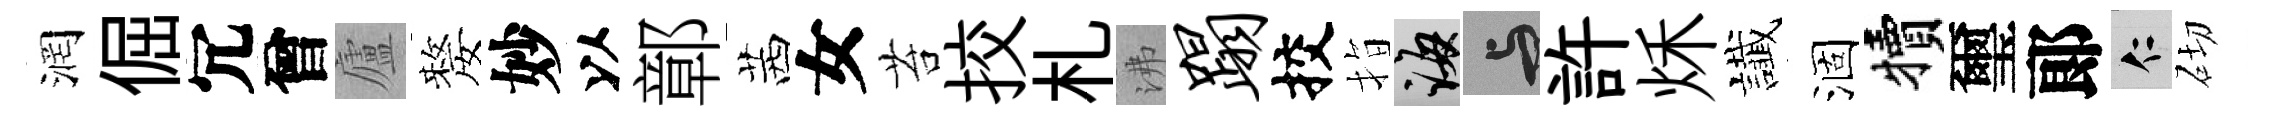
润倔冗曾廬嫠妙以鄣茜女苔挍札沸蹋挍指誨与許秌䜟涸犢璽郞仁砌